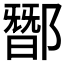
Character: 䣟